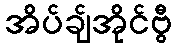
အိပ်ချ်အိုင်ဗွီ